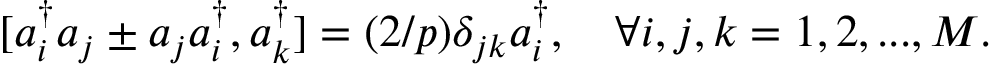
[ a _ { i } ^ { \dagger } a _ { j } \pm a _ { j } a _ { i } ^ { \dagger } , a _ { k } ^ { \dagger } ] = ( 2 / p ) \delta _ { j k } a _ { i } ^ { \dagger } , \quad \forall i , j , k = 1 , 2 , . . . , M .